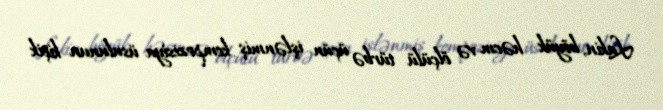
Lakin, böyük həcm və ölçülü türbə üçün işlənmiş kompozisiya üsulunun kiçik